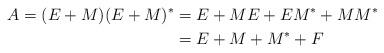
LaTeX: \begin{align*}A=(E+M)(E+M)^* & = E+ME+EM^*+MM^*\\& = E+M+M^*+F\end{align*}